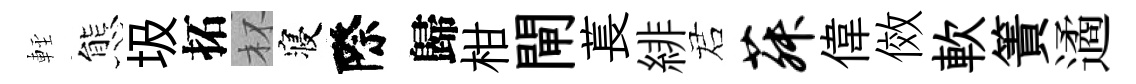
䡖態圾拓杯寝際歸柑閘萇緋诺菽偉傚軟簀遹